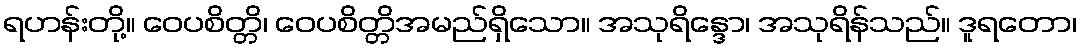
ရဟန်းတို့။ ဝေပစိတ္တိ၊ ဝေပစိတ္တိအမည်ရှိသော။ အသုရိန္ဒော၊ အသုရိန်သည်။ ဒူရတော၊